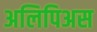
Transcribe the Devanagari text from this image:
अलिपिअस